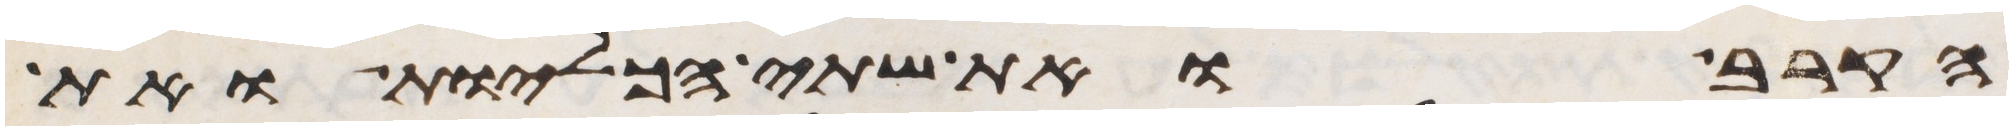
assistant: הקרב ואת שתי הכליות ואת